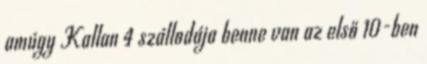
amúgy Kallan 4 szállodája benne van az első 10-ben